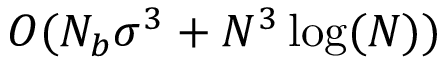
O ( N _ { b } \sigma ^ { 3 } + N ^ { 3 } \log ( N ) )